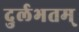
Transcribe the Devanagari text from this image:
दुर्लभतम्